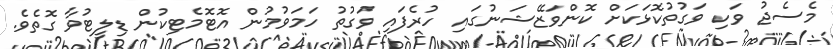
މެސެޖު ވަކި ވަގުތުކޮޅަކަށް ކޮންވަޒޭޝަނުގައި ހުރެފައި ވަގުތު ހަމަވުމުން އޮޓޮމެޓިކުން ޑިލީޓުވާ ގޮތެވެ.